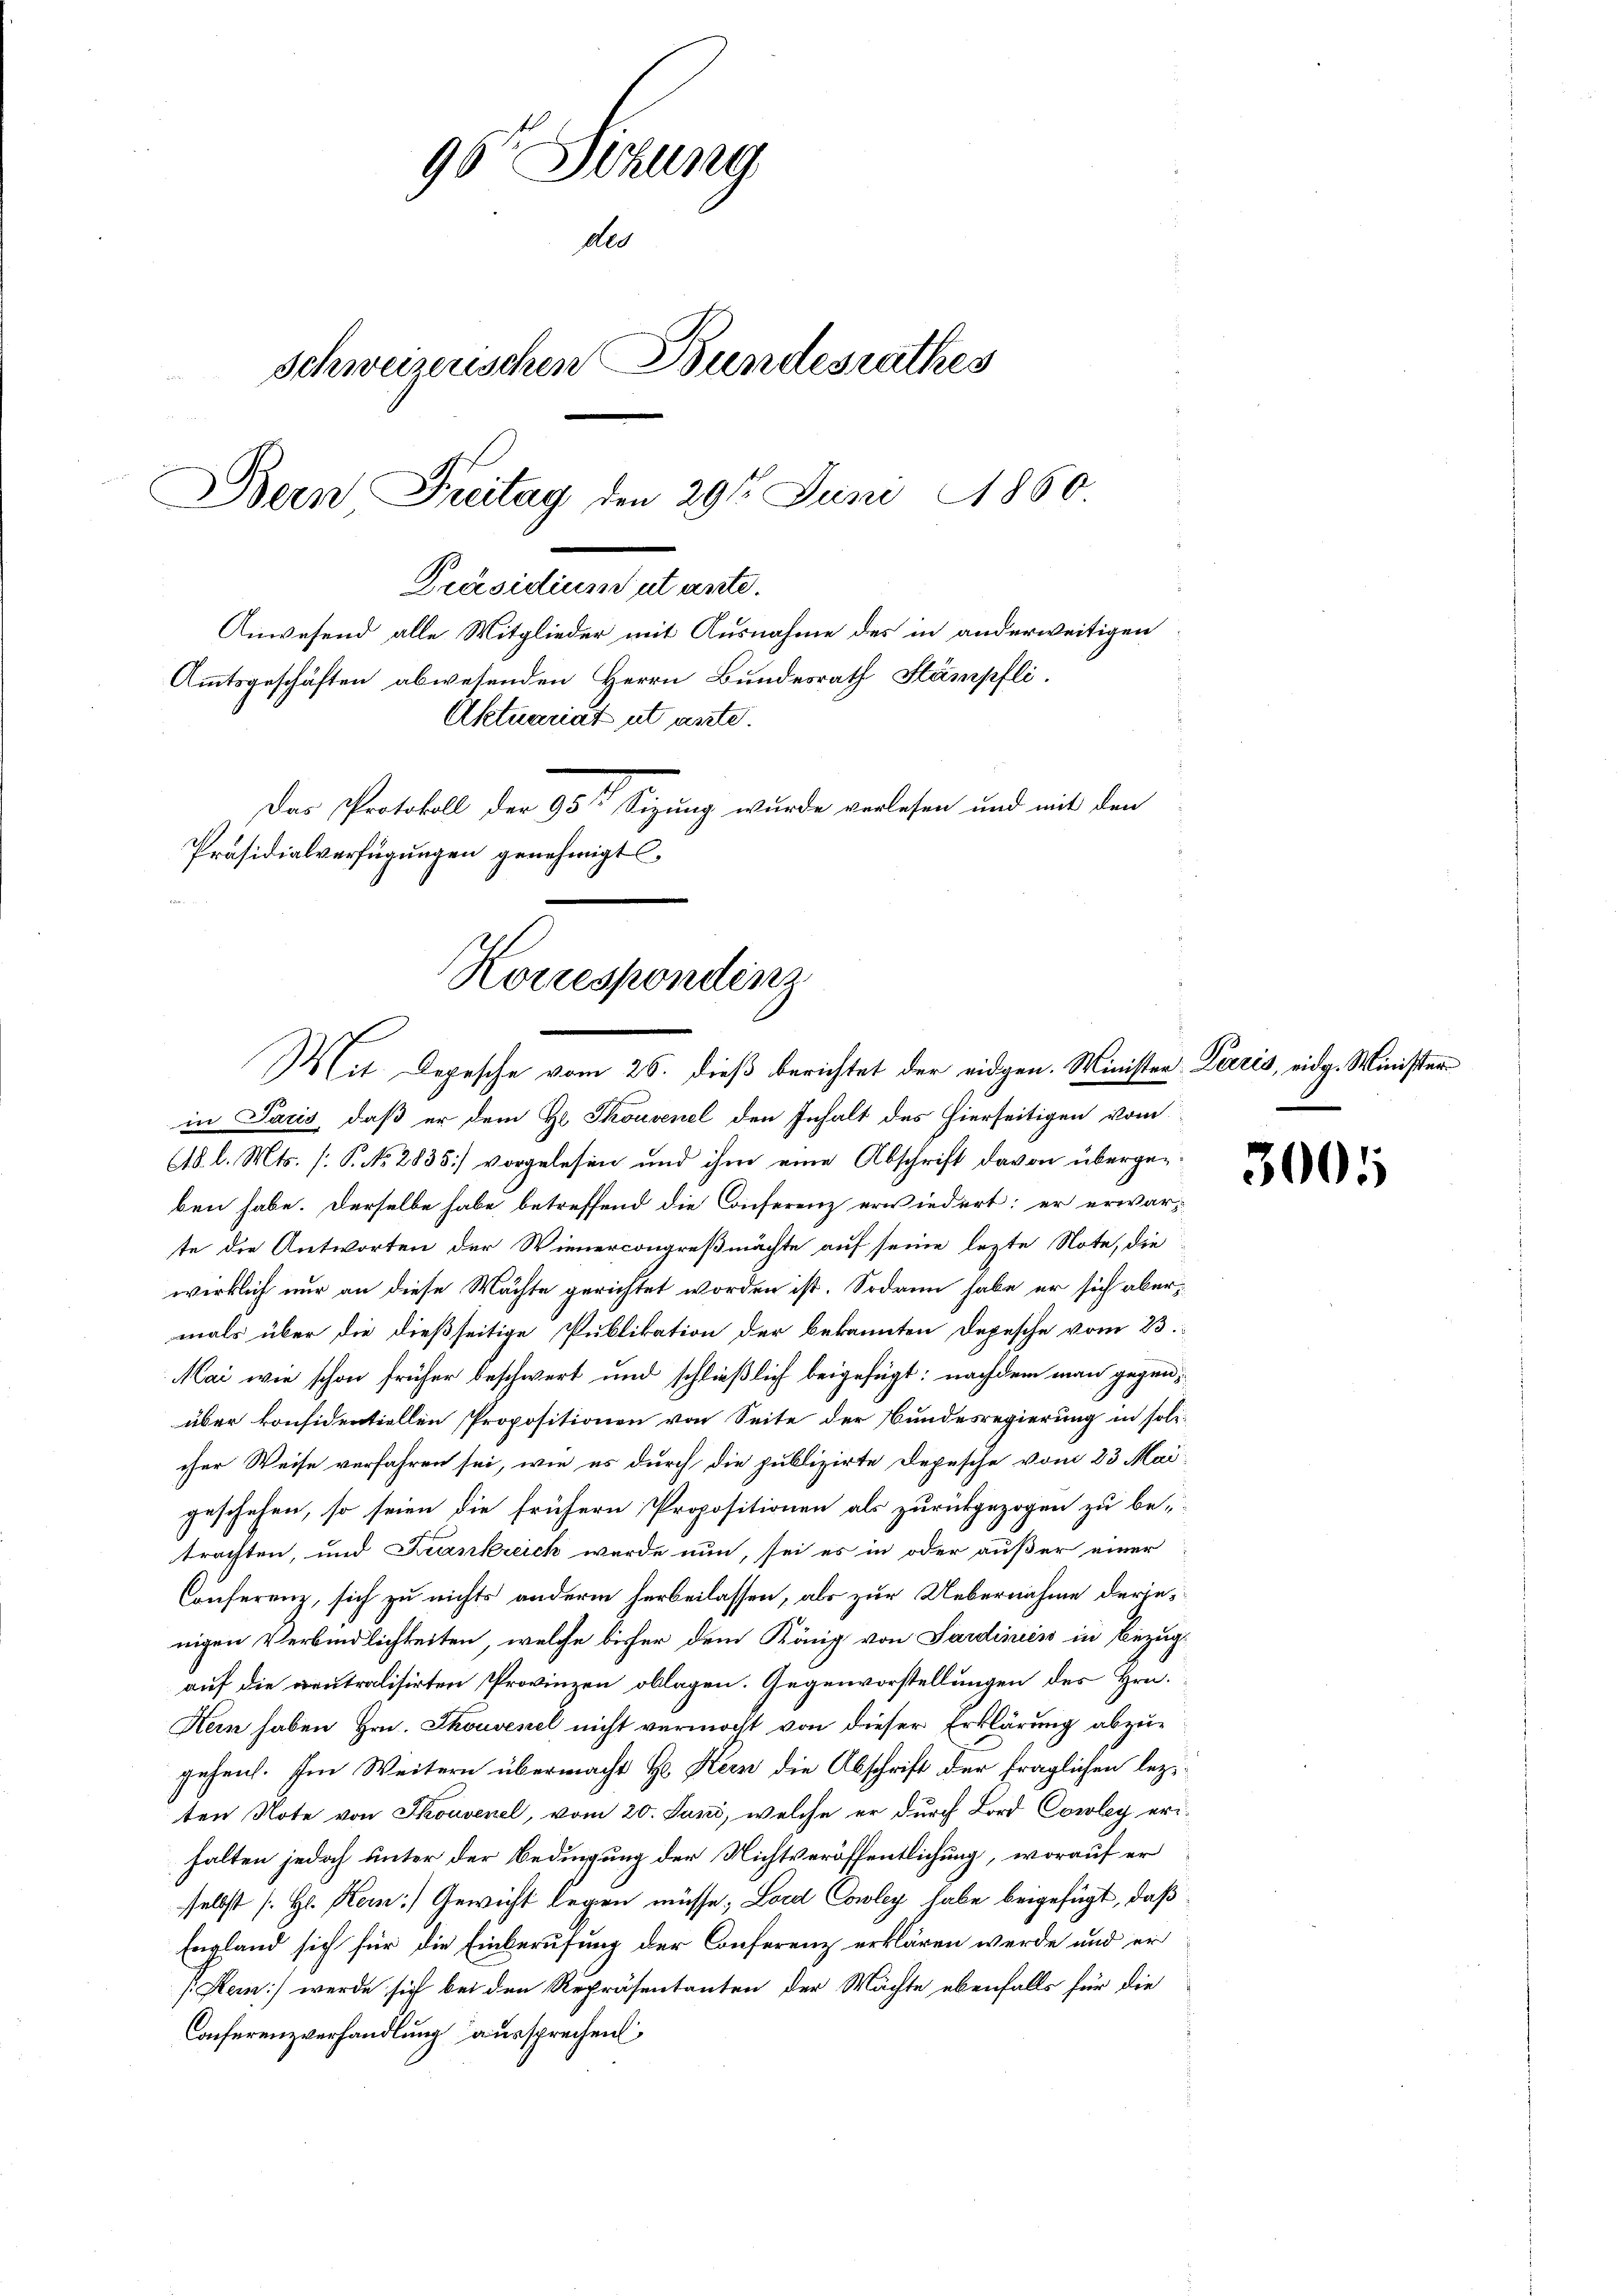
96 Sekung
des
Schweizenschen Bundesrathes
Bein Freitag den 29sten Juni 1860
Präsidium ut ante.
Anwesend alle Mitglieder mit Ausnahme des in anderweitigen
Amtsgeschäften abwesenden Herrn Bundesrath Stämpfli
Aktuariat ut ante.
Das Protokoll der 95te Sitzung wurde verlesen und mit den

Präsidialverfügungen genehmigt
Korrespondinz
Mit Depesche vom 26. dieß berichtet der eidgen. Minister Pieris, eidg. Minister

in Paris, daß er dem Hr. Thouvenel den Inhalt des hierseitigen vom
(18 l. Mts. (: P. No. 2835] vorgelesen und ihm eine Abschrift davon übergeben habe. Derselbe habe betreffend die Conferenz erwiedert; er erwarte die Antworten der Wienercongreßmächte auf seine lezte Note, die
wirklich nur an diese Machte gerichtet worden ist. Sodann habe er sich abermals über die dießseitige Publikation der bekannten Depesche vom 23.
Mai wie schon früher beschwert und schließlich beigefügt: nachdem man gegenüber konsidentiellen Propositionen von Seite der Bundesregierung in soli-
cher Weise verfahren sei, wie es durch die publizirte Depesche vom 23. Mai
geschehen, so seien die frühern Propositionen als zurückgezogen zu be-
trachten, und Krankreich wurde nun, sei es in oder außer einer
Conferenz, sich zu nichts anderm herbeilassen, als zur Uebernahme derjenigen Verbindlichkeiten, welche bisher dem König von Sardinien in Bezug
auf die neutralisirten Provinzen oblagen. Gegenvorstellungen des Hrn.
Kern haben Hrn. Thouvenel nicht vermocht von dieser Erklärung abzugeheit. Im Weitern übermacht Hr. Kern die Abschrift der fraglichen lezten Note von Souvenel, vom 20. Juni, welche er durch Bord Cowley erihalten jedoch unter der Bedingung der Nichtveröffentlichung, worauf er
selbst [H. Kein] Gewicht legen müsse; Lord Cowley habe beigefügt, daß
England sich für die Einberufung der Conferenz erklären werde und er
[Rei] werde sich bei den Repräsentanten der Mächte ebenfalls für die
Conferenzverhandlung aussprechen

3005